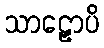
သာဠှောပိ